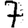
Digit: 7